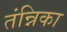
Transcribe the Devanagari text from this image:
तंन्निका